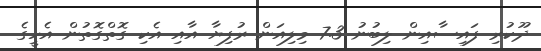
ދޫކުރި ފައިސާއިން ލިބުނު 7.3 މިލިއަން ރުފިޔާ އާއި އެކި ގޮތްގޮތުން އެހީގެ